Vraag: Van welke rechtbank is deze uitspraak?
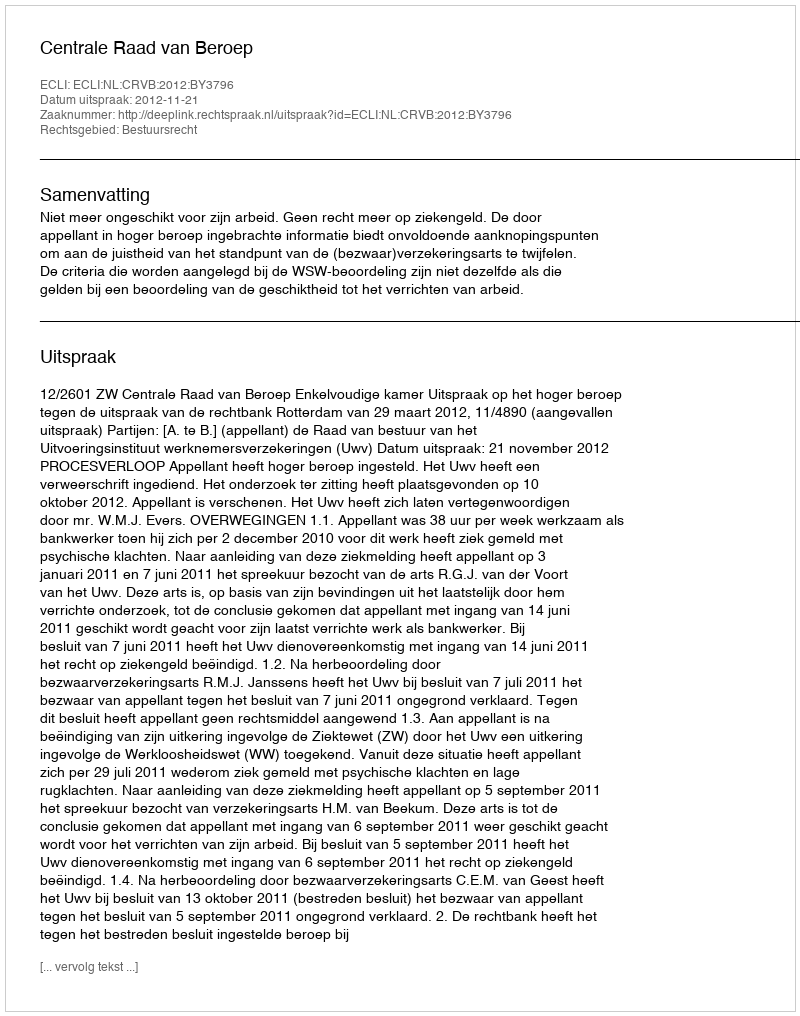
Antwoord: Centrale Raad van Beroep